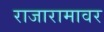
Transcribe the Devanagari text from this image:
राजारामावर